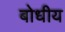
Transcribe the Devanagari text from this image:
बोधीय